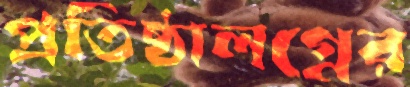
প্রতিষ্ঠালগ্নের